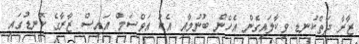
ޒާރާ ދަތްކުނޑި ވިކާލައިގެން އެހެން ބުނުމާއި އެކު އަވްސަމް އައިސް ޒާރާގެ ކޮނޑުގައި